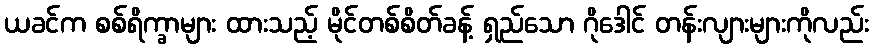
ယခင်က စစ်ရိက္ခာများ ထားသည့် မိုင်တစ်စိတ်ခန့် ရှည်သော ဂိုဒေါင် တန်းလျားများကိုလည်း